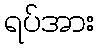
ရပ်အား